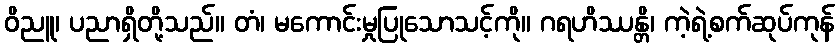
ဝိညူ၊ ပညာရှိတို့သည်။ တံ၊ မကောင်းမှုပြုသောသင့်ကို။ ဂရဟိဿန္တိ၊ ကဲ့ရဲ့စက်ဆုပ်ကုန်